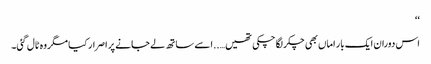
‘‘
اس دوران ایک بار اماں بھی چکر لگا چکی تھیں…..اسے ساتھ لے جانے پر اصرار کیا مگر وہ ٹال گئی۔